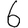
Digit: 6